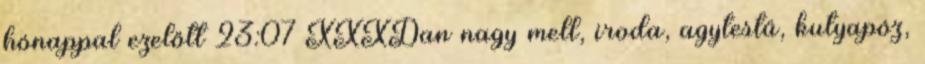
hónappal ezelőtt 23:07 XXXDan nagy mell, iroda, agytestű, kutyapóz,